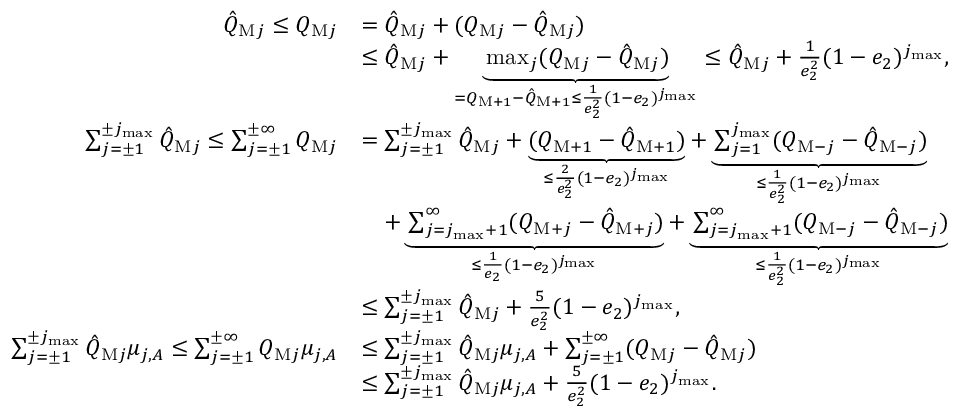
\begin{array} { r l } { \hat { Q } _ { \mathrm { M } j } \le Q _ { \mathrm { M } j } } & { = \hat { Q } _ { \mathrm { M } j } + ( Q _ { \mathrm { M } j } - \hat { Q } _ { \mathrm { M } j } ) } \\ & { \le \hat { Q } _ { \mathrm { M } j } + \underbrace { \operatorname* { m a x } _ { j } ( Q _ { \mathrm { M } j } - \hat { Q } _ { \mathrm { M } j } ) } _ { = Q _ { \mathrm { M } + 1 } - \hat { Q } _ { \mathrm { M } + 1 } \le \frac { 1 } { e _ { 2 } ^ { 2 } } ( 1 - e _ { 2 } ) ^ { j _ { \operatorname* { m a x } } } } \le \hat { Q } _ { \mathrm { M } j } + \frac { 1 } { e _ { 2 } ^ { 2 } } ( 1 - e _ { 2 } ) ^ { j _ { \operatorname* { m a x } } } , } \\ { \sum _ { j = \pm 1 } ^ { \pm j _ { \operatorname* { m a x } } } \hat { Q } _ { \mathrm { M } j } \le \sum _ { j = \pm 1 } ^ { \pm \infty } Q _ { \mathrm { M } j } } & { = \sum _ { j = \pm 1 } ^ { \pm j _ { \operatorname* { m a x } } } \hat { Q } _ { \mathrm { M } j } + \underbrace { ( Q _ { \mathrm { M } + 1 } - \hat { Q } _ { \mathrm { M } + 1 } ) } _ { \le \frac { 2 } { e _ { 2 } ^ { 2 } } ( 1 - e _ { 2 } ) ^ { j _ { \operatorname* { m a x } } } } + \underbrace { \sum _ { j = 1 } ^ { j _ { \operatorname* { m a x } } } ( Q _ { \mathrm { M } - j } - \hat { Q } _ { \mathrm { M } - j } ) } _ { \le \frac { 1 } { e _ { 2 } ^ { 2 } } ( 1 - e _ { 2 } ) ^ { j _ { \operatorname* { m a x } } } } } \\ & { \quad + \underbrace { \sum _ { j = j _ { \operatorname* { m a x } } + 1 } ^ { \infty } ( Q _ { \mathrm { M } + j } - \hat { Q } _ { \mathrm { M } + j } ) } _ { \le \frac { 1 } { e _ { 2 } } ( 1 - e _ { 2 } ) ^ { j _ { \operatorname* { m a x } } } } + \underbrace { \sum _ { j = j _ { \operatorname* { m a x } } + 1 } ^ { \infty } ( Q _ { \mathrm { M } - j } - \hat { Q } _ { \mathrm { M } - j } ) } _ { \le \frac { 1 } { e _ { 2 } ^ { 2 } } ( 1 - e _ { 2 } ) ^ { j _ { \operatorname* { m a x } } } } } \\ & { \le \sum _ { j = \pm 1 } ^ { \pm j _ { \operatorname* { m a x } } } \hat { Q } _ { \mathrm { M } j } + \frac { 5 } { e _ { 2 } ^ { 2 } } ( 1 - e _ { 2 } ) ^ { j _ { \operatorname* { m a x } } } , } \\ { \sum _ { j = \pm 1 } ^ { \pm j _ { \operatorname* { m a x } } } \hat { Q } _ { \mathrm { M } j } \mu _ { j , A } \le \sum _ { j = \pm 1 } ^ { \pm \infty } Q _ { \mathrm { M } j } \mu _ { j , A } } & { \le \sum _ { j = \pm 1 } ^ { \pm j _ { \operatorname* { m a x } } } \hat { Q } _ { \mathrm { M } j } \mu _ { j , A } + \sum _ { j = \pm 1 } ^ { \pm \infty } ( Q _ { \mathrm { M } j } - \hat { Q } _ { \mathrm { M } j } ) } \\ & { \le \sum _ { j = \pm 1 } ^ { \pm j _ { \operatorname* { m a x } } } \hat { Q } _ { \mathrm { M } j } \mu _ { j , A } + \frac { 5 } { e _ { 2 } ^ { 2 } } ( 1 - e _ { 2 } ) ^ { j _ { \operatorname* { m a x } } } . } \end{array}